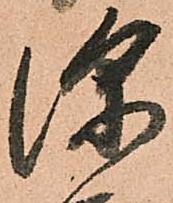
深